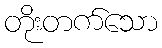
တိုးတက်သော